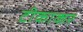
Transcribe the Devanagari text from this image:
टीकाकर